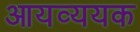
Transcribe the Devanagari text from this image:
आयव्ययक